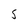
Character: 5